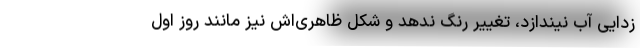
‌زدایی آب نیندازد، تغییر رنگ ندهد و شکل ظاهری‌اش نیز مانند روز اول